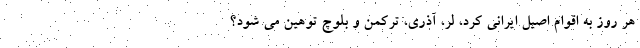
هر روز به اقوام اصیل ایرانی کرد، لر، آذری، ترکمن و بلوچ توهین می شود؟